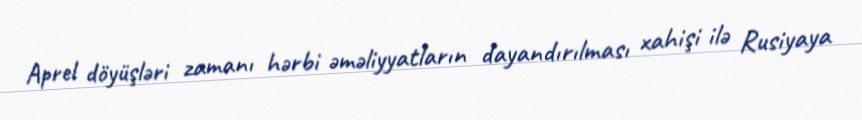
Aprel döyüşləri zamanı hərbi əməliyyatların dayandırılması xahişi ilə Rusiyaya